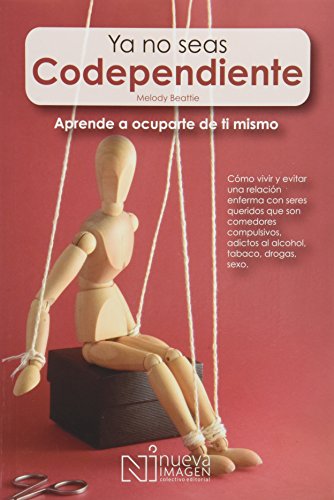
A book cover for Ya No Seas Codependiente: Como Vivir y Evitar una relacion enferma con seres queridos que son comedores compulsivos, adictos al alcohol, tobaco, drogas, sexo; Melody Beattie; Self-Help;